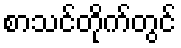
စာသင်တိုက်တွင်